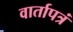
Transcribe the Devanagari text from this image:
वार्तापत्रं